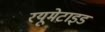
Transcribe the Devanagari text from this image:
रयूमेटाइड